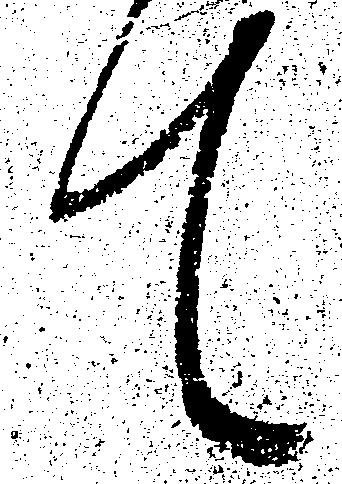
て